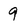
Character: 9